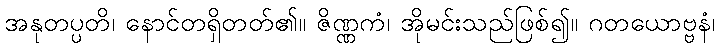
အနုတပ္ပတိ၊ နောင်တရှိတတ်၏။ ဇိဏ္ဏကံ၊ အိုမင်းသည်ဖြစ်၍။ ဂတယောဗ္ဗနံ၊